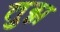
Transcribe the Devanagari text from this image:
तुग्न